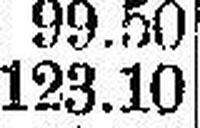
123.10